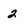
Character: 2